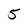
Character: 5